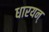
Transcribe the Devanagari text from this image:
धारयन्